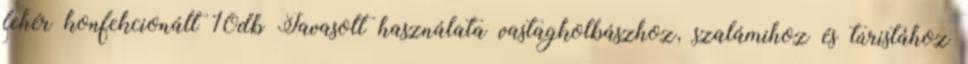
fehér konfekcionált 10db Javasolt használata vastagkolbászhoz, szalámihoz és túristához